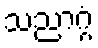
သညာဂ္ဂံ